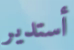
أستدير